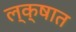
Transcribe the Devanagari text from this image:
ल्क्षात